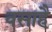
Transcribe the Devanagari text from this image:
वसाहै